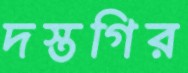
দস্তগির